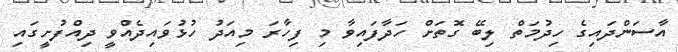
އާސަންދައިގެ ހިދުމަތް ލިބޭ ގޮތަށް ހަދާފައިވާ މި ފިހާރަ މިއަދު ހުޅުވައިދެއްވީ ދިއްފުށީގައި